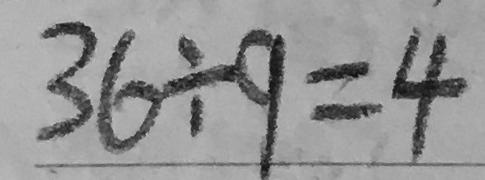
3 6 \div 9 = 4